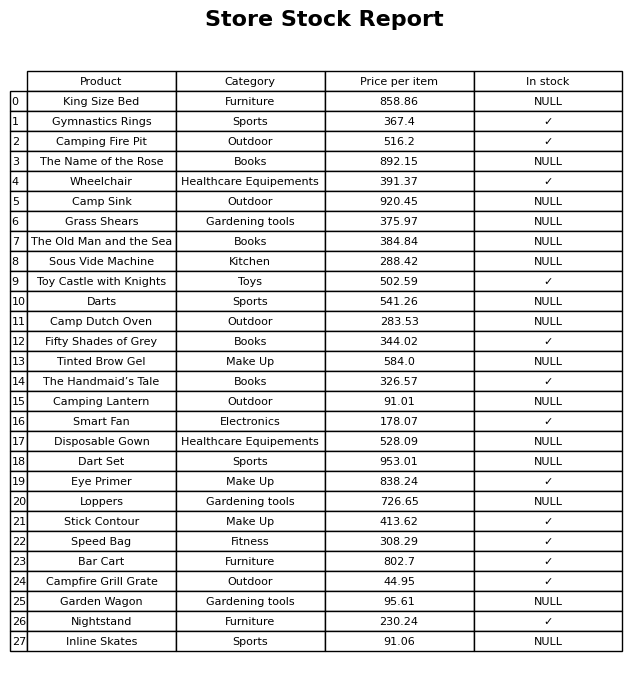
question: What is the stock status of the Smart Fan?
answer: ✓